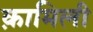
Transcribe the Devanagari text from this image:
क़ामिली